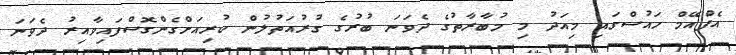
އެފްއޭމް ހައުސްގައި މިއަދު މި މުބާރާތުގެ ދެވަނަ ބުރުގެ ގުރުއަތުލުން ކުރިއަށްގެންގޮސްފައިވާއިރު ދެވަނަ